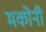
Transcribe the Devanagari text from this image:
मकोनी